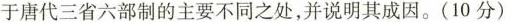
于唐代三省六部制的主要不同之处，并说明其成因。(10分)